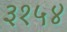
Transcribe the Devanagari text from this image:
३१५४